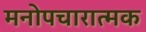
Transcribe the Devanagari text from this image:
मनोपचारात्मक